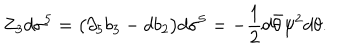
LaTeX: Z _ { 3 } d \sigma ^ { 5 } = \big ( \partial _ { 5 } b _ { 3 } - d b _ { 2 } \big ) d \sigma ^ { 5 } = - { \frac { 1 } { 2 } } d \bar { \theta } \psi ^ { 2 } d \theta .